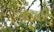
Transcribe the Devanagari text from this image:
मुहासे